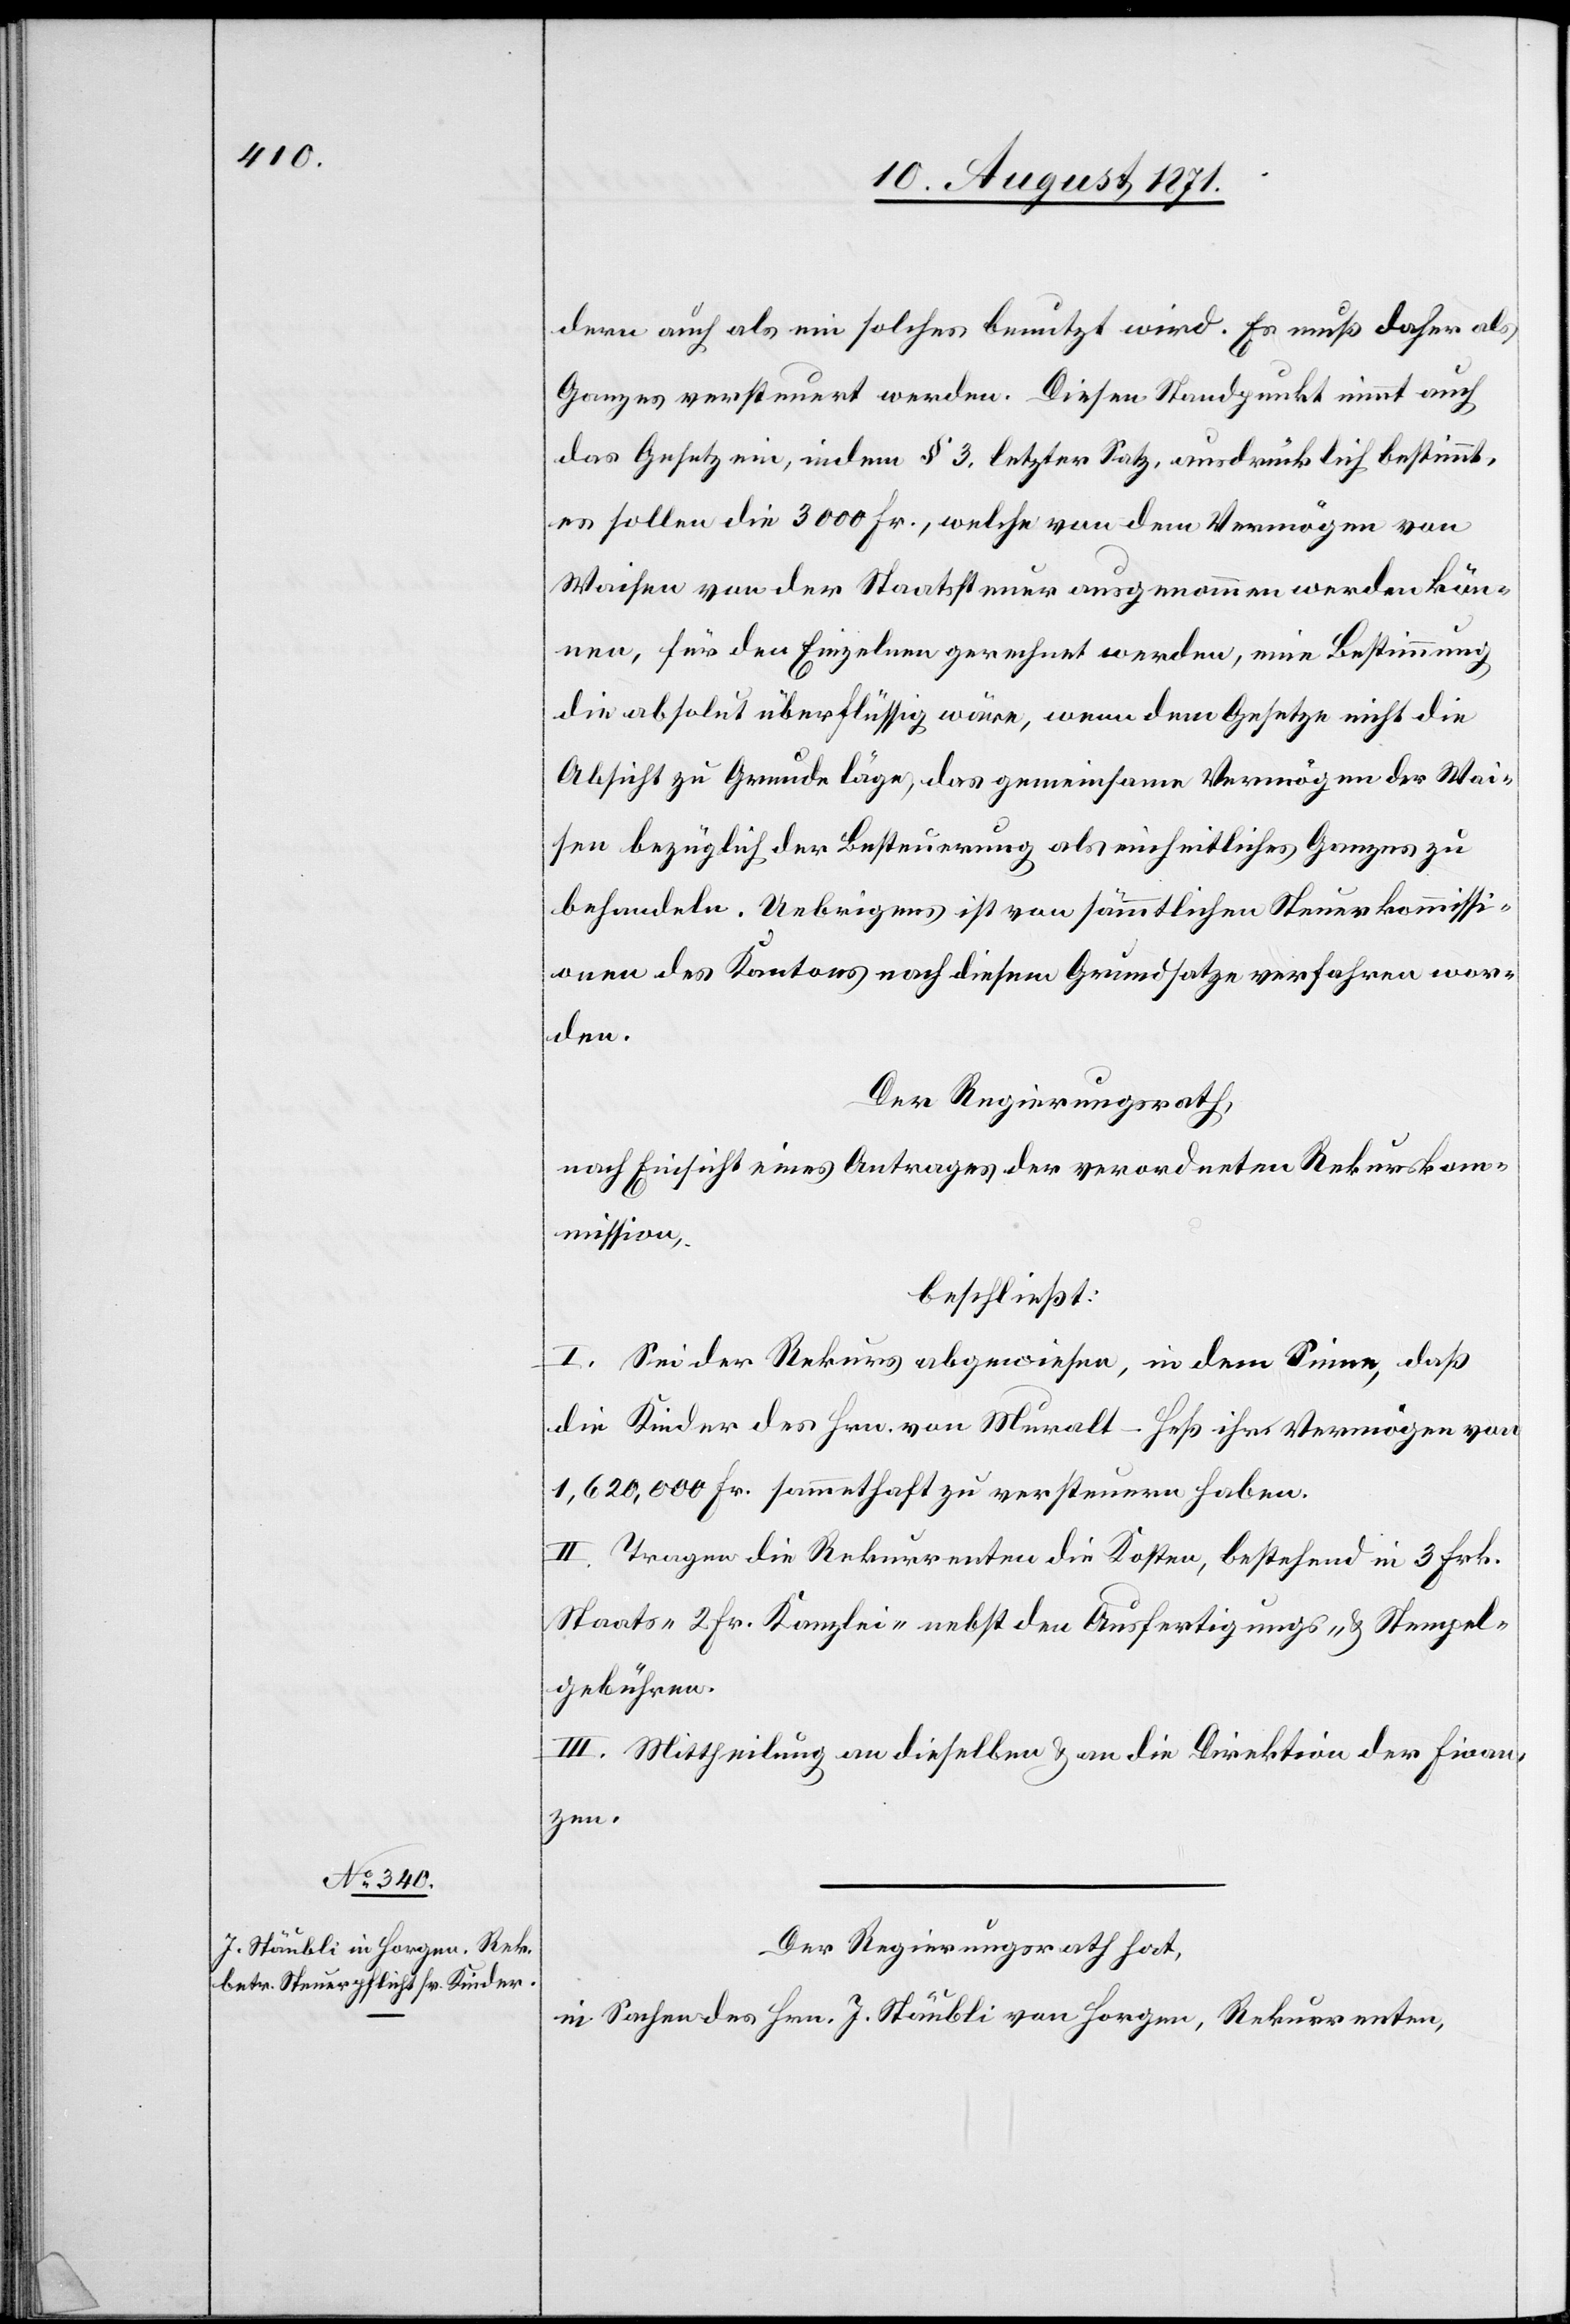
dern auch als ein solches benutzt wird. Es muß daher als
Ganzes versteuert werden. Diesen Standpunkt nimmt auch
das Gesetz ein, indem § 3. letzter Satz, ausdrücklich bestimmt,
es sollen die 3000 Fr., welche von dem Vermögen von
Waisen von der Staatssteuer ausgenommen werden kön¬
nen, für den Einzelnen gerechnet werden, eine Bestimmung
die absolut überflüssig wäre, wenn dem Gesetze nicht die
Absicht zu Grunde läge, das gemeinsame Vermögen der Wai¬
sen bezüglich der Besteuerung als einheitliches Ganzes zu
behandeln. Uebrigens ist von sämmtlichen Steuerkommissi¬
onen des Kantons nach diesem Grundsatze verfahren wor¬
den.
Der Regierungsrath,
nach Einsicht eines Antrages der verordneten Rekurskom¬
mission,
beschließt:
I. Sei der Rekurs abgewiesen, in dem Sinne, daß
die Kinder des Hrn. von Muralt-Heß ihr Vermögen von
1,620,000 Fr. sammthaft zu versteuern haben.
II. Tragen die Rekurrenten die Kosten, bestehend in 3 Frk.
Staats-[,] 2 Fr. Kanzlei- nebst den Ausfertigungs- & Stempel¬
gebühren.
III. Mittheilung an dieselben & an die Direktion der Finan¬
zen.
Der Regierungsrath hat,
in Sachen des Hrn. J. Stäubli von Langnau, Rekurrenten,